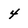
Character: 4